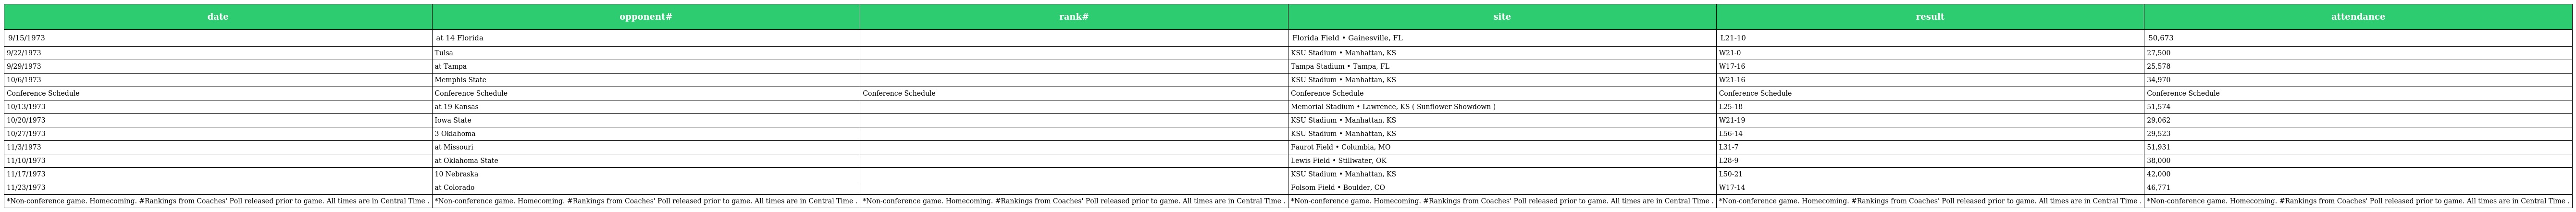
| date | opponent# | rank# | site | result | attendance |
 | --- | --- | --- | --- | --- | --- |
 | 9/15/1973 | at 14 Florida |  | Florida Field • Gainesville, FL | L21-10 | 50,673 |
 | 9/22/1973 | Tulsa |  | KSU Stadium • Manhattan, KS | W21-0 | 27,500 |
 | 9/29/1973 | at Tampa |  | Tampa Stadium • Tampa, FL | W17-16 | 25,578 |
 | 10/6/1973 | Memphis State |  | KSU Stadium • Manhattan, KS | W21-16 | 34,970 |
 | Conference Schedule | Conference Schedule | Conference Schedule | Conference Schedule | Conference Schedule | Conference Schedule |
 | 10/13/1973 | at 19 Kansas |  | Memorial Stadium • Lawrence, KS ( Sunflower Showdown ) | L25-18 | 51,574 |
 | 10/20/1973 | Iowa State |  | KSU Stadium • Manhattan, KS | W21-19 | 29,062 |
 | 10/27/1973 | 3 Oklahoma |  | KSU Stadium • Manhattan, KS | L56-14 | 29,523 |
 | 11/3/1973 | at Missouri |  | Faurot Field • Columbia, MO | L31-7 | 51,931 |
 | 11/10/1973 | at Oklahoma State |  | Lewis Field • Stillwater, OK | L28-9 | 38,000 |
 | 11/17/1973 | 10 Nebraska |  | KSU Stadium • Manhattan, KS | L50-21 | 42,000 |
 | 11/23/1973 | at Colorado |  | Folsom Field • Boulder, CO | W17-14 | 46,771 |
 | *Non-conference game. Homecoming. #Rankings from Coaches' Poll released prior to game. All times are in Central Time . | *Non-conference game. Homecoming. #Rankings from Coaches' Poll released prior to game. All times are in Central Time . | *Non-conference game. Homecoming. #Rankings from Coaches' Poll released prior to game. All times are in Central Time . | *Non-conference game. Homecoming. #Rankings from Coaches' Poll released prior to game. All times are in Central Time . | *Non-conference game. Homecoming. #Rankings from Coaches' Poll released prior to game. All times are in Central Time . | *Non-conference game. Homecoming. #Rankings from Coaches' Poll released prior to game. All times are in Central Time . |